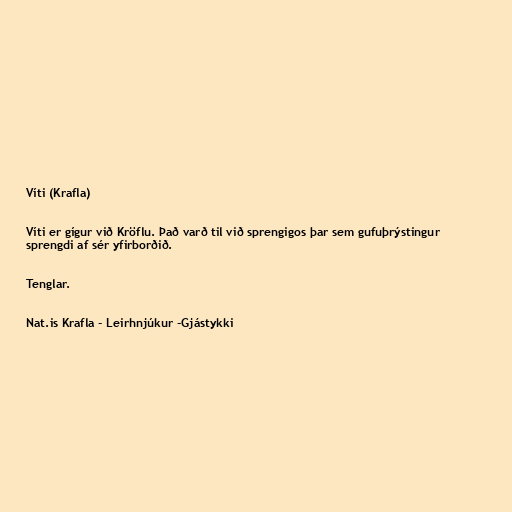
Víti (Krafla)

Víti er gígur við Kröflu. Það varð til við sprengigos þar sem gufuþrýstingur
sprengdi af sér yfirborðið.

Tenglar.

Nat.is Krafla - Leirhnjúkur -Gjástykki